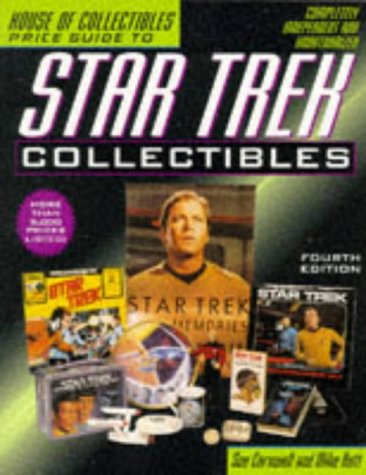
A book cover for House of Collectibles Price Guide to Star Trek Collectibles, 4th edition (Official Price Guide to Star Trek Collectibles); Sue Cornwell; Crafts, Hobbies & Home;